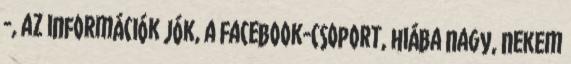
-, az információk jók, a Facebook-csoport, hiába nagy, nekem